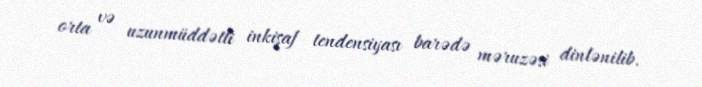
orta və uzunmüddətli inkişaf tendensiyası barədə məruzəsi dinlənilib.